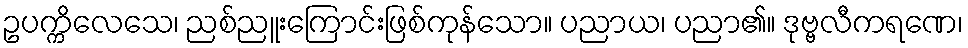
ဥပက္ကိလေသေ၊ ညစ်ညူးကြောင်းဖြစ်ကုန်သော။ ပညာယ၊ ပညာ၏။ ဒုဗ္ဗလီကရဏေ၊